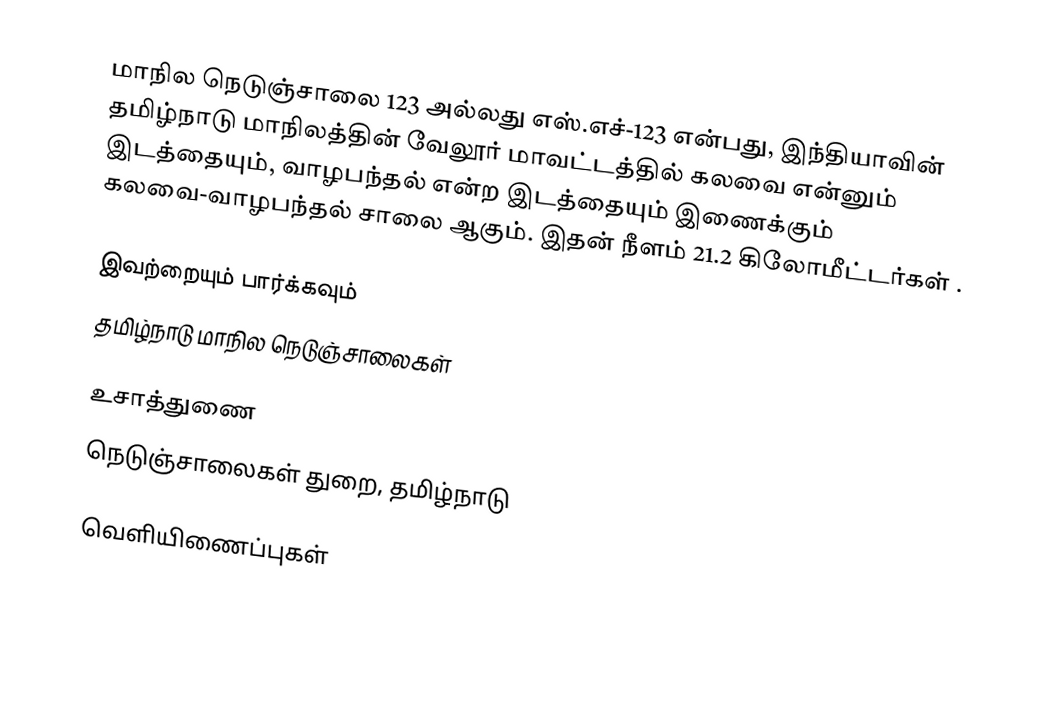
மாநில நெடுஞ்சாலை 123 அல்லது எஸ்.எச்-123 என்பது, இந்தியாவின் தமிழ்நாடு மாநிலத்தின் வேலூர் மாவட்டத்தில் கலவை என்னும் இடத்தையும், வாழபந்தல் என்ற இடத்தையும் இணைக்கும் கலவை-வாழபந்தல் சாலை ஆகும். இதன் நீளம் 21.2  கிலோமீட்டர்கள் .

இவற்றையும் பார்க்கவும்
 தமிழ்நாடு மாநில நெடுஞ்சாலைகள்

உசாத்துணை
 நெடுஞ்சாலைகள் துறை, தமிழ்நாடு

வெளியிணைப்புகள்